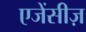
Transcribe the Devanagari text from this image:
एजेंसीज़